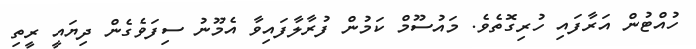
ހުއްޓުން އަރާފައި ހުރިގޮތެވެ. މައުސޫމް ކަމުން ފުރާލާފައިވާ އެމޫނު ސިފަވެގެން ދިޔައީ ރީތި